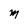
Character: M